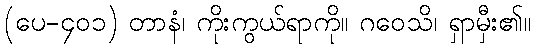
(ပေ-၄၀၁) တာနံ၊ ကိုးကွယ်ရာကို။ ဂဝေသိ၊ ရှာမှီး၏။